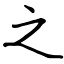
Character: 之